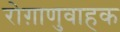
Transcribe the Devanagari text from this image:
रोग़ाणुवाहक